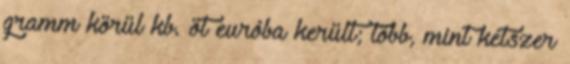
gramm körül kb. öt euróba került; több, mint kétszer